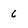
Character: 6